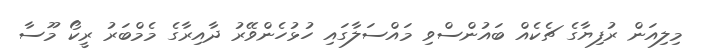
މިލިއަން ރުފިޔާގެ ޗެކެއް ބައުންސްވި މައްސަލާގައި ހުޅުހެންވޭރު ދާއިރާގެ މެމްބަރު ރީކޯ މޫސާ